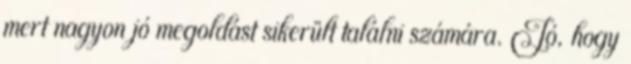
mert nagyon jó megoldást sikerült találni számára. Jó, hogy